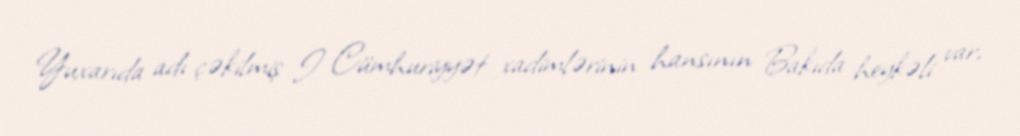
Yuxarıda adı çəkilmiş I Cümhuriyyət xadimlərinin hansının Bakıda heykəli var,